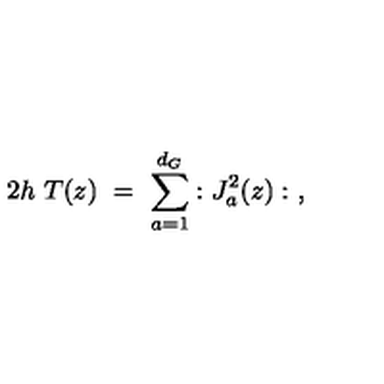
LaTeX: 2 h \ T ( z ) \ = \ \sum _ { a = 1 } ^ { d _ { G } } : J _ { a } ^ { 2 } ( z ) : \ ,